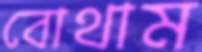
বোথাম